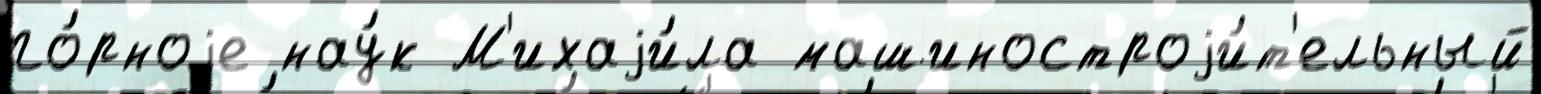
го́рноjе нау́к М'ихаjи́ла машиностроjи́т'ельный